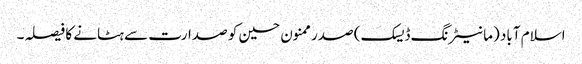
اسلام آباد (مانیٹرنگ ڈیسک) صدر ممنون حسین کو صدارت سے ہٹانے کا فیصلہ۔